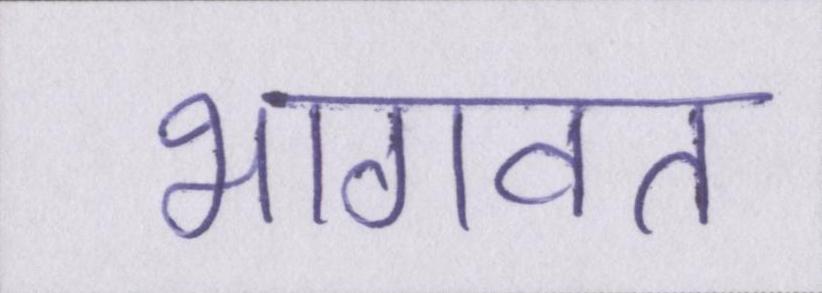
भागवत